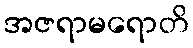
အဇရာမရောတိ